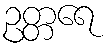
ဥတ္တရေ